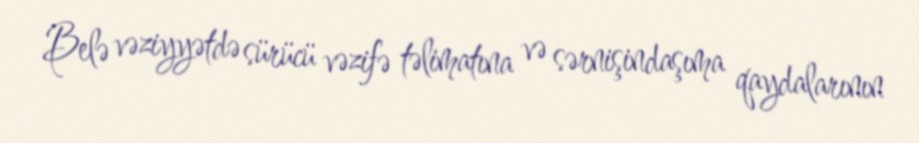
Belə vəziyyətdə sürücü vəzifə təlimatına və sərnişindaşıma qaydalarının